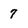
Character: 7